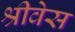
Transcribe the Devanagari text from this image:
श्रीवेस